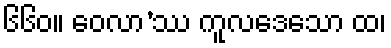
၆၆၀။ ဝေလာ’ဿ ကူလဒေသော ထ၊